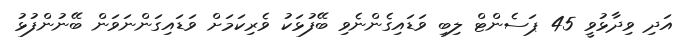
އަދި ވިދާޅުވީ 45 ޕަސެންޓް ލިބި ވަޑައިގެންނެވި ބޭފުޅަކު ވެރިކަމަށް ވަޑައިގަންނަވަން ބޭނުންފުޅު